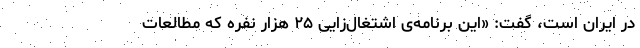
در ایران است، گفت: «این برنامه‌ی اشتغال‌زایی ۲۵ هزار نفره که مطالعات